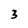
Character: 3